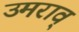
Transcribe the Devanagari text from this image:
उमराव्